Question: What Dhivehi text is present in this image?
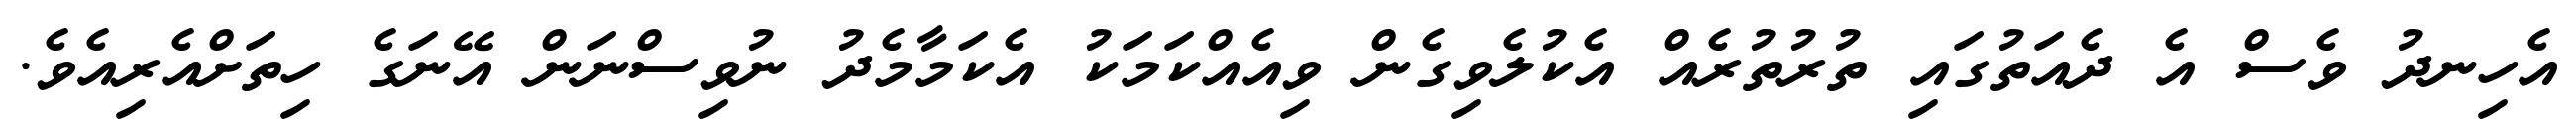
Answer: އެހިނދު ވެސް އެ ދެއަތުގައި ތުރުތުރެއް އެކުލެވިގެން ވިއެއްކަމަކު އެކަމާމެދު ނުވިސްނަން އޭނަގެ ހިތަށްއެރިއެވެ.